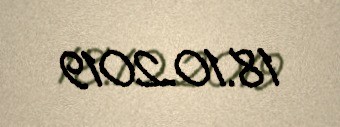
18.10.2019